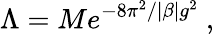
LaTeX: \Lambda=Me^{-8\pi^{2}/|\beta|g^{2}}\ ,